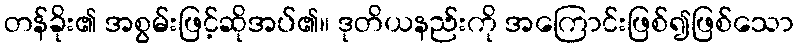
တန်ခိုး၏ အစွမ်းဖြင့်ဆိုအပ်၏။ ဒုတိယနည်းကို အကြောင်းဖြစ်၍ဖြစ်သော